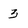
Character: 3